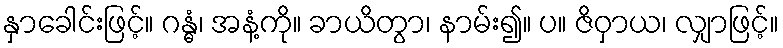
နှာခေါင်းဖြင့်။ ဂန္ဓံ၊ အနံ့ကို။ ခာယိတွာ၊ နာမ်း၍။ ပ။ ဇိဝှာယ၊ လျှာဖြင့်။